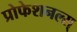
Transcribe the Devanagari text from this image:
प्रोफेशनल्स्